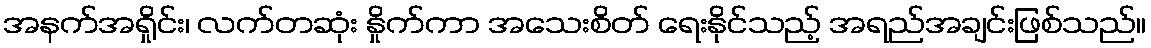
အနက်အရှိုင်း၊ လက်တဆုံး နှိုက်ကာ အသေးစိတ် ရေးနိုင်သည့် အရည်အချင်းဖြစ်သည်။